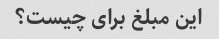
این مبلغ برای چیست؟